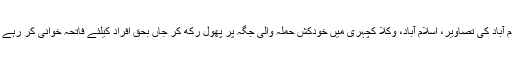
اسلام آباد کی تصاویر، اسلام آباد، وکلا کچہری میں خودکش حملہ والی جگہ پر پھول رُکھ کر جاں بحق افراد کیلئے فاتحہ خوانی کر رہے ہیں۔